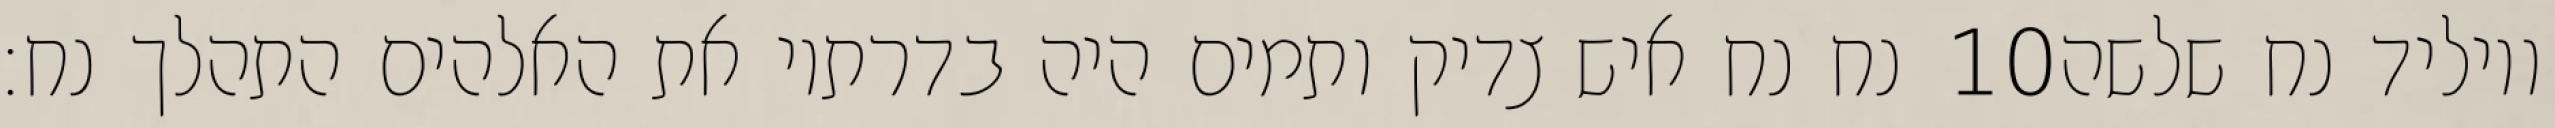
נח נח איש צדיק ותמים היה בדרתיו את האלהים התהלך נח׃ ‎10‏ ויוליד נח שלשה